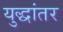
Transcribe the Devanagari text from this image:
युद्धांतर